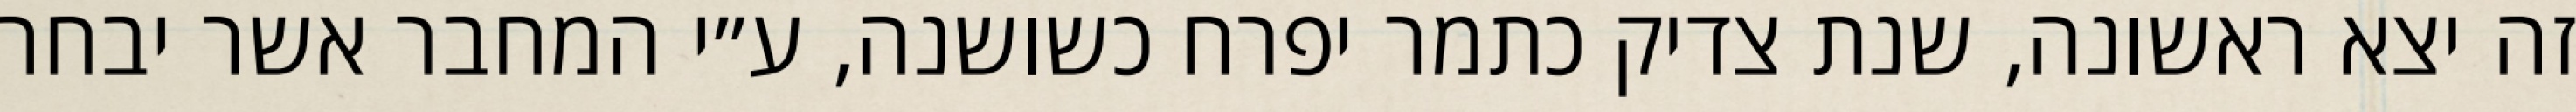
זה יצא ראשונה, שנת צדיק כתמר יפרח כשושנה, ע״י המחבר אשר יבחר